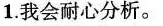
1.我会耐心分析。